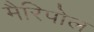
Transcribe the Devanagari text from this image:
मैरिपोल